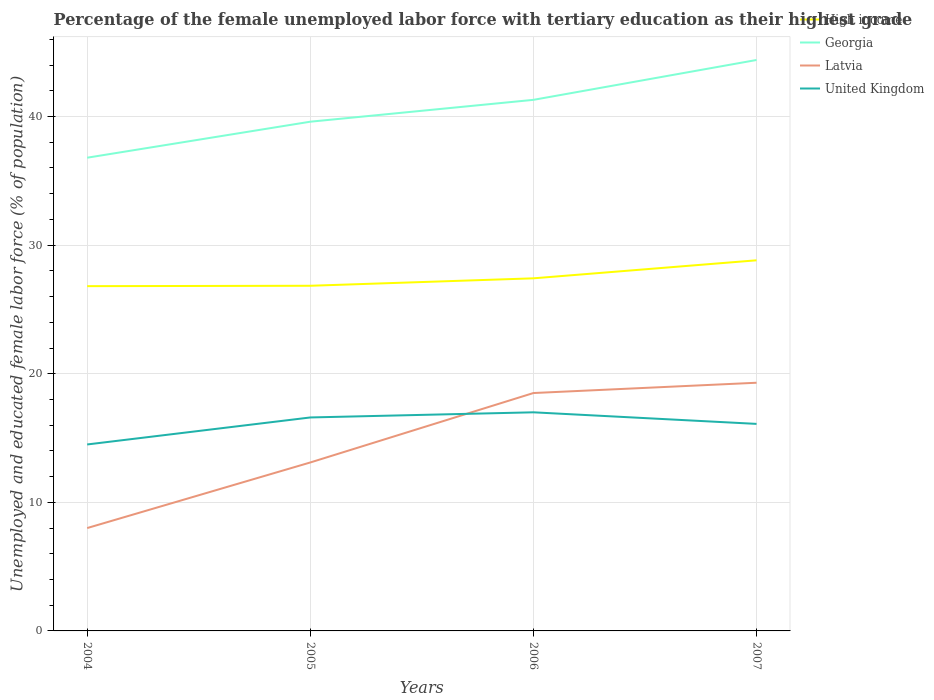
| Years | High income | Georgia | Latvia | United Kingdom |
 | --- | --- | --- | --- | --- |
 | 2004 | 26.8 | 36.8 | 8 | 14.5 |
 | 2005 | 26.8 | 39.6 | 13.1 | 16.6 |
 | 2006 | 27.4 | 41.3 | 18.5 | 17 |
 | 2007 | 28.8 | 44.4 | 19.3 | 16.1 |